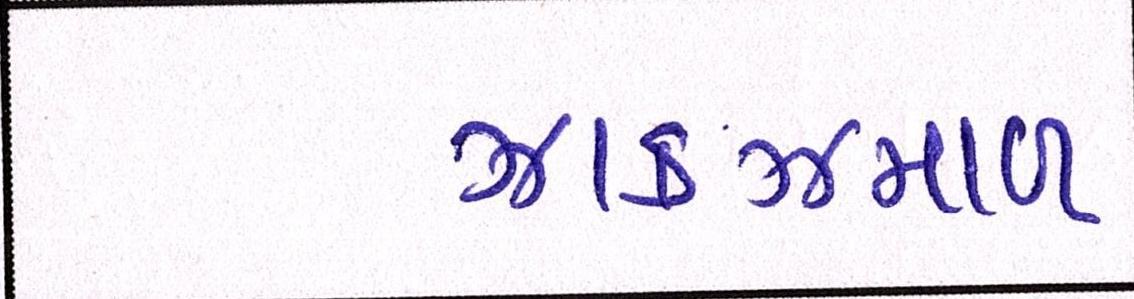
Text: ઝાકઝમાળ